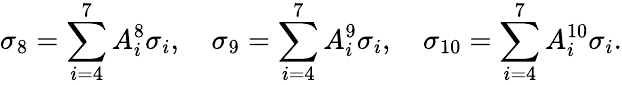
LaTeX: \sigma_{8}=\sum_{i=4}^{7}A_{i}^{8}\sigma_{i},\quad\sigma_{9}=\sum_{i=4}^{7}A_{i}^{9}\sigma_{i},\quad\sigma_{10}=\sum_{i=4}^{7}A_{i}^{10}\sigma_{i}.